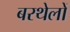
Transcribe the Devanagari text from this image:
बरथेलों